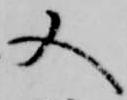
又